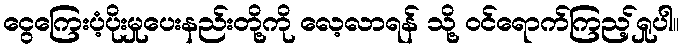
ငွေကြေးပံ့ပိုးမှုပေးနည်းတို့ကို လေ့လာရန် သို့ ဝင်ရောက်ကြည့်ရှုပါ။